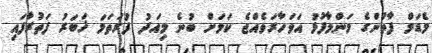
މެޑަމް ފާތުންގެ މަންމާފުޅު އަވަހާރަވެއްޖެ ކަމަށް ބުނެ މިއަދު ފުރަތަމަ ޚަބަރު ފަތުރާފައި